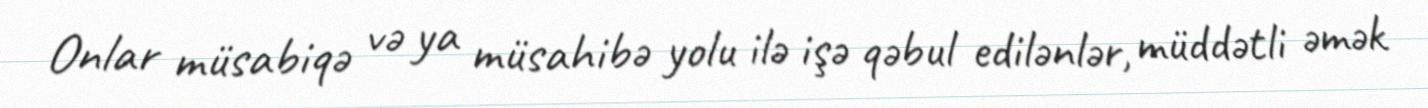
Onlar müsabiqə və ya müsahibə yolu ilə işə qəbul edilənlər, müddətli əmək